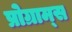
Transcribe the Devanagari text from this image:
प्रोग्राम्‍स